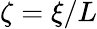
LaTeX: \zeta=\xi/L